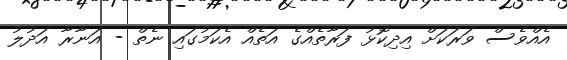
އެއްވެސް ވަރަކަށް އިދިކޮޅު ފަރާތެއްގެ އަތެއް އެކަމުގައި ނެތް - އަނާރާ އަދުލު